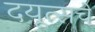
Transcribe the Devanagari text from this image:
दयूत्सचें